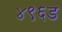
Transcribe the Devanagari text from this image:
४९६ड